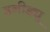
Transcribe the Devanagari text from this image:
हनीड्यू